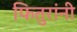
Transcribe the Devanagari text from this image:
फितुरांनी